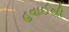
હવાઈથી